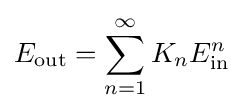
E_{\text{out}}=\sum _{n=1}^{\infty }{K_{n}E_{\text{in}}^{n}}